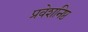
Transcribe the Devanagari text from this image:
प्रवेशनिष्ठ